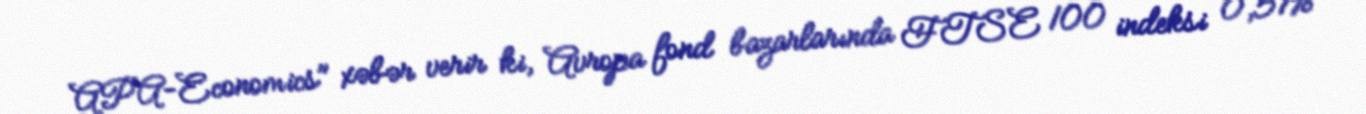
APA-Economics" xəbər verir ki, Avropa fond bazarlarında FTSE 100 indeksi 0,51%